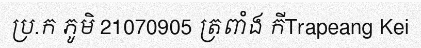
ប្រ.ក ភូមិ 21070905 ត្រពាំង កីTrapeang Kei